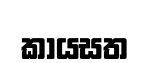
කායසත